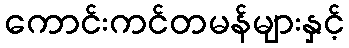
ကောင်းကင်တမန်များနှင့်